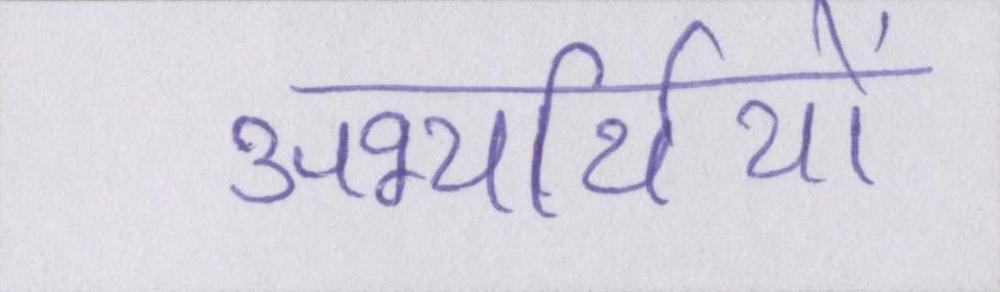
अभ्यर्थियों